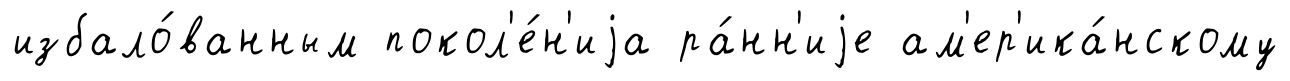
избало́ванным покол'е́н'иjа ра́нн'иjе ам'ер'ика́нскому